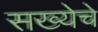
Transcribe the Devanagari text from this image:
सख्येचे